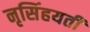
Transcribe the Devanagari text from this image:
नृसिंहयती